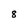
Character: 8